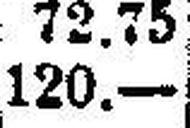
120.—